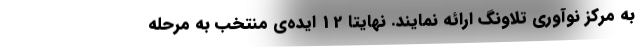
به مرکز نوآوری تلاونگ ارائه نمایند. نهایتا 12 ایده‌ی منتخب به مرحله